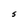
Character: S